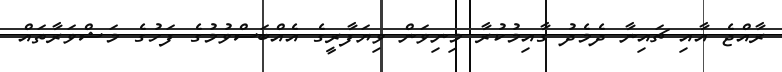
ރާއްޖެ އާއި ޗައިނާ ދެމެދު ގާއިމުކުރާ މިނިވަން ވިޔަފާރީގެ އެއްބަސްވުމުގެ ފަހުގެ މަޝްވަރާތައް